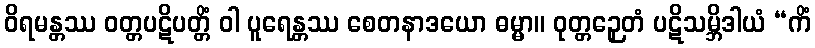
ဝိရမန္တဿ ဝတ္တပဋိပတ္တိံ ဝါ ပူရေန္တဿ စေတနာဒယော ဓမ္မာ။ ဝုတ္တဉှေတံ ပဋိသမ္ဘိဒါယံ “ကိံ